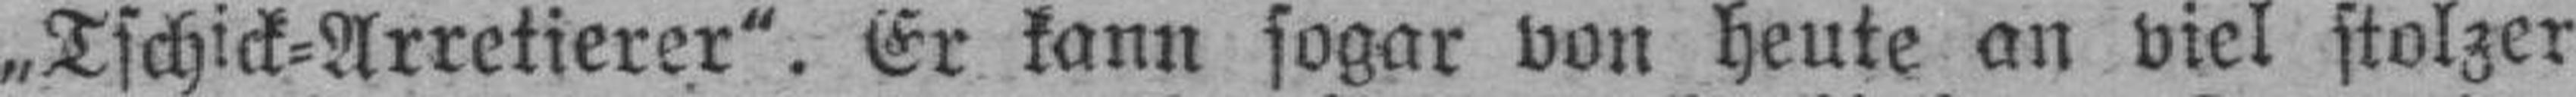
„Tschick=Arretierer". Er kann sogar von heute an viel stolzer